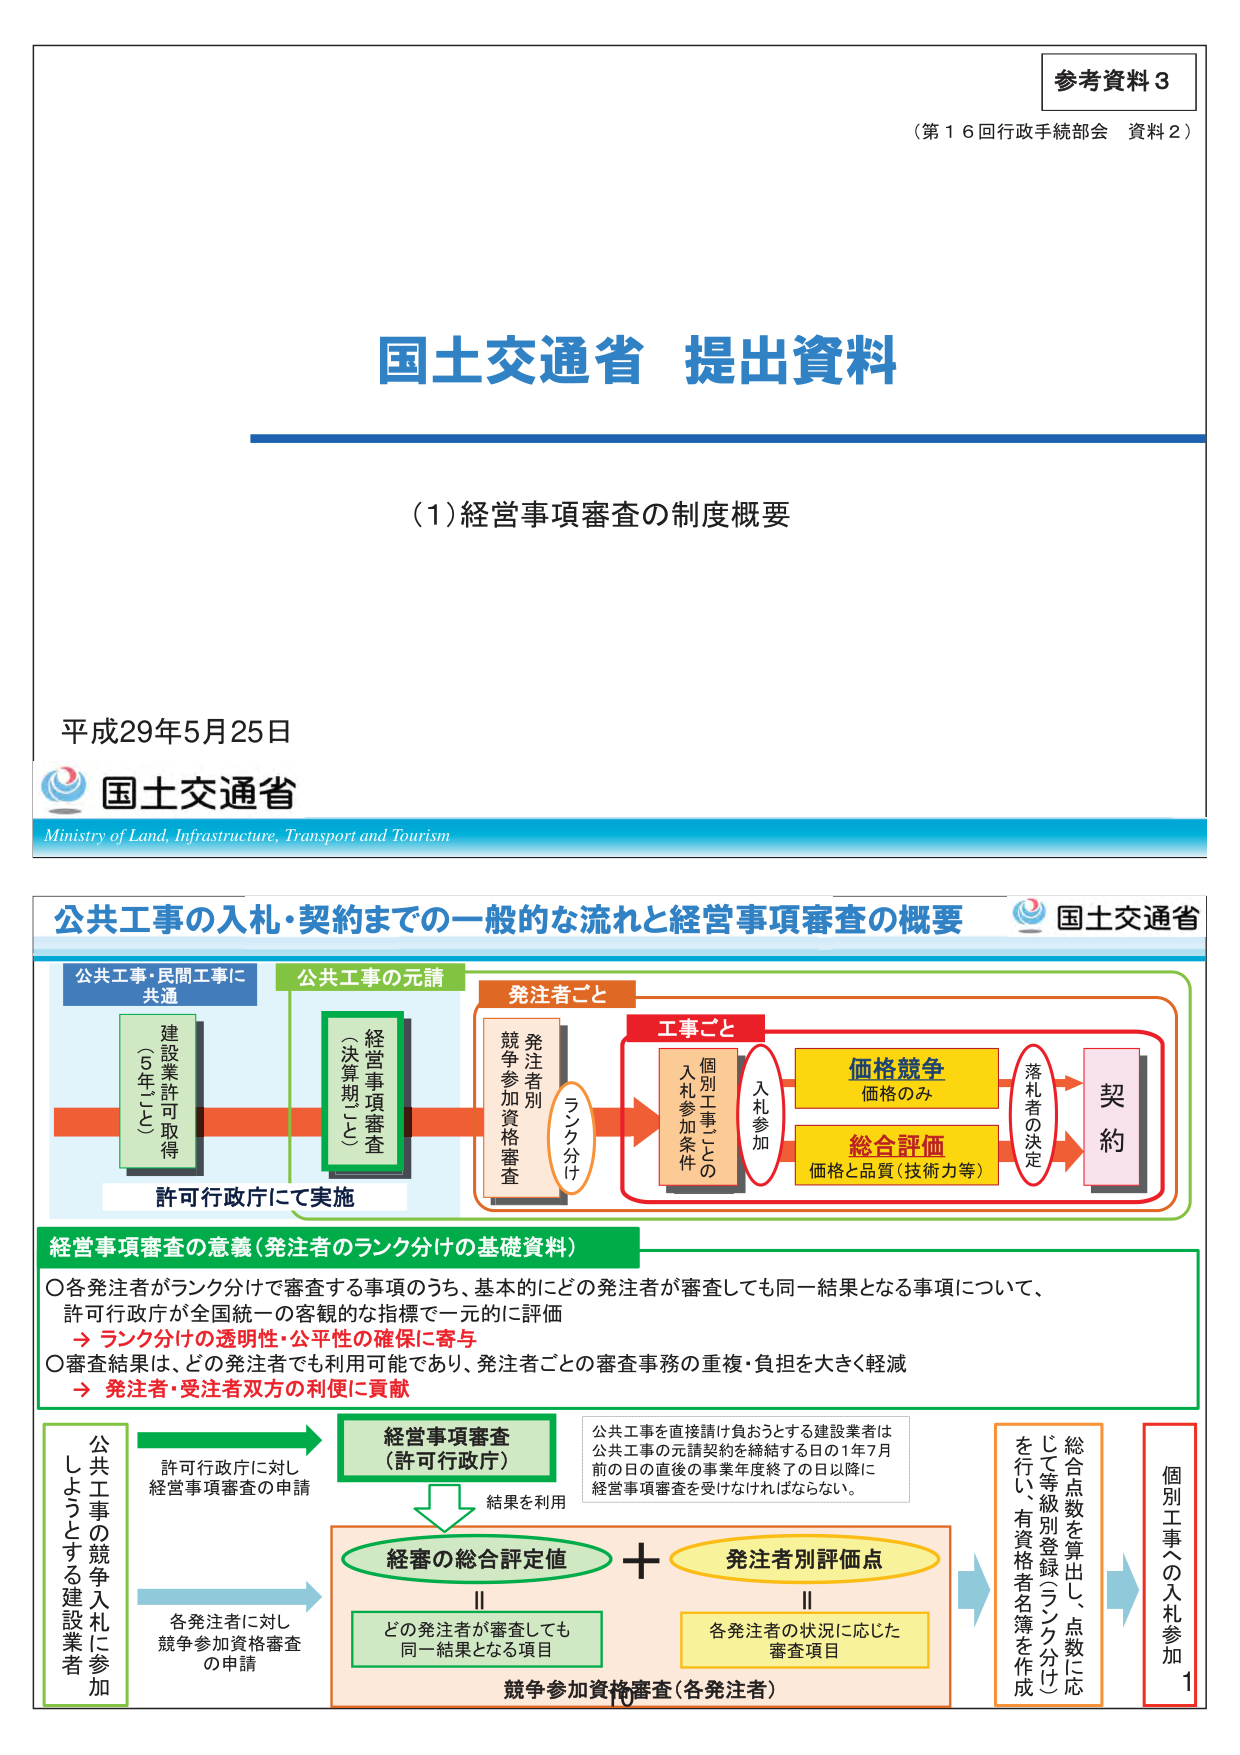
参考資料３
（第１６回行政手続部会 資料２）

国土交通省 提出資料

（１）経営事項審査の制度概要

平成29年5月25日
国土交通省
Ministry of Land, Infrastructure, Transport and Tourism

公共工事の入札・契約まで的一般的な流れと経営事項審査の概要
国土交通省

公共工事・民間工事に共通
建設業許可取得（5年ごと）

公共工事の元請
経営事項審査（決算期ごと）

発注者ごと
発注者別競争参加資格審査
（ランク分け）

工事ごと
個別工事ごとの入札参加条件
入札参加

価格競争（価格のみ）
総合評価（価格と品質（技術力等））
落札者の決定
契約

許可行政庁にて実施

経営事項審査の意義（発注者のランク分けの基礎資料）
○各発注者がランク分けで審査する事項のうち、基本的にどの発注者が審査しても同一結果となる事項について、許可行政庁が全国統一の客観的な指標で一元的に評価
→ ランク分けの透明性・公平性の確保に寄与
○審査結果は、どの発注者でも利用可能であり、発注者ごとの審査事務の重複・負担を大きく軽減
→ 発注者・受注者双方の利便に貢献

公共工事の競争入札に参加しようとする建設業者
許可行政庁に対し経営事項審査の申請

経営事項審査（許可行政庁）
結果を利用

経審の総合評定値
＋
発注者別評価点

各発注者に対し競争参加資格審査の申請

どの発注者が審査しても同一結果となる項目
各発注者の状況に応じた審査項目

競争参加資格審査（各発注者）

公共工事を直接請け負おうとする建設業者は、公共工事の元請契約を締結する日の1年7月前の日の直後の事業年度終了の日以降に経営事項審査を受けなければならない。

総合点数を算出し、点数に応じて等級別登録（ランク分け）を行い、有資格者名簿を作成

個別工事への入札参加
1

10